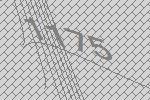
1175